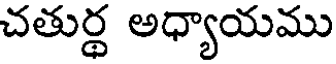
చతుర్థ అధ్యాయము